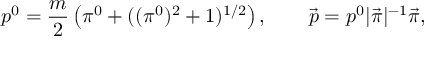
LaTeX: p ^ { 0 } = \frac m 2 \left( \pi ^ { 0 } + ( ( \pi ^ { 0 } ) ^ { 2 } + 1 ) ^ { 1 / 2 } \right) , \qquad \vec { p } = p ^ { 0 } | \vec { \pi } | ^ { - 1 } \vec { \pi } ,